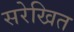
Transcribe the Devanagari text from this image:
सरेखित